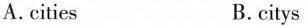
A.cities B.citys